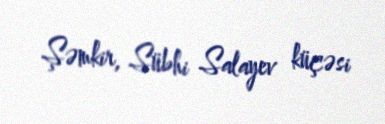
Şəmkir, Sübhi Salayev küçəsi